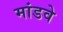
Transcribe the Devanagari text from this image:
मांडवे